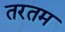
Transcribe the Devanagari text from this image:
तरतम